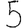
Digit: 5